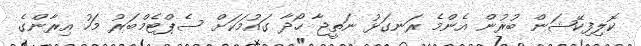
ކޮލިފިކޭޝަން ބުރުން އެންމެ ރަނގަޅު ނަތީޖާ ހޯދާ ގައުމަކަށް ސެޕްޓެމްބަރު މަހު އިރާންގެ